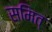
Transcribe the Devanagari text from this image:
समित्